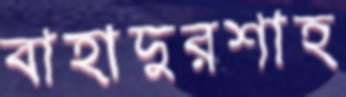
বাহাদুরশাহ